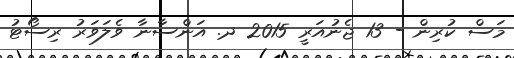
މަސް ކުރިން - 13 ޖެނުއަރީ 2015 ދ. އަންސާނާ ވެލަވަރު ރިސޯޓު